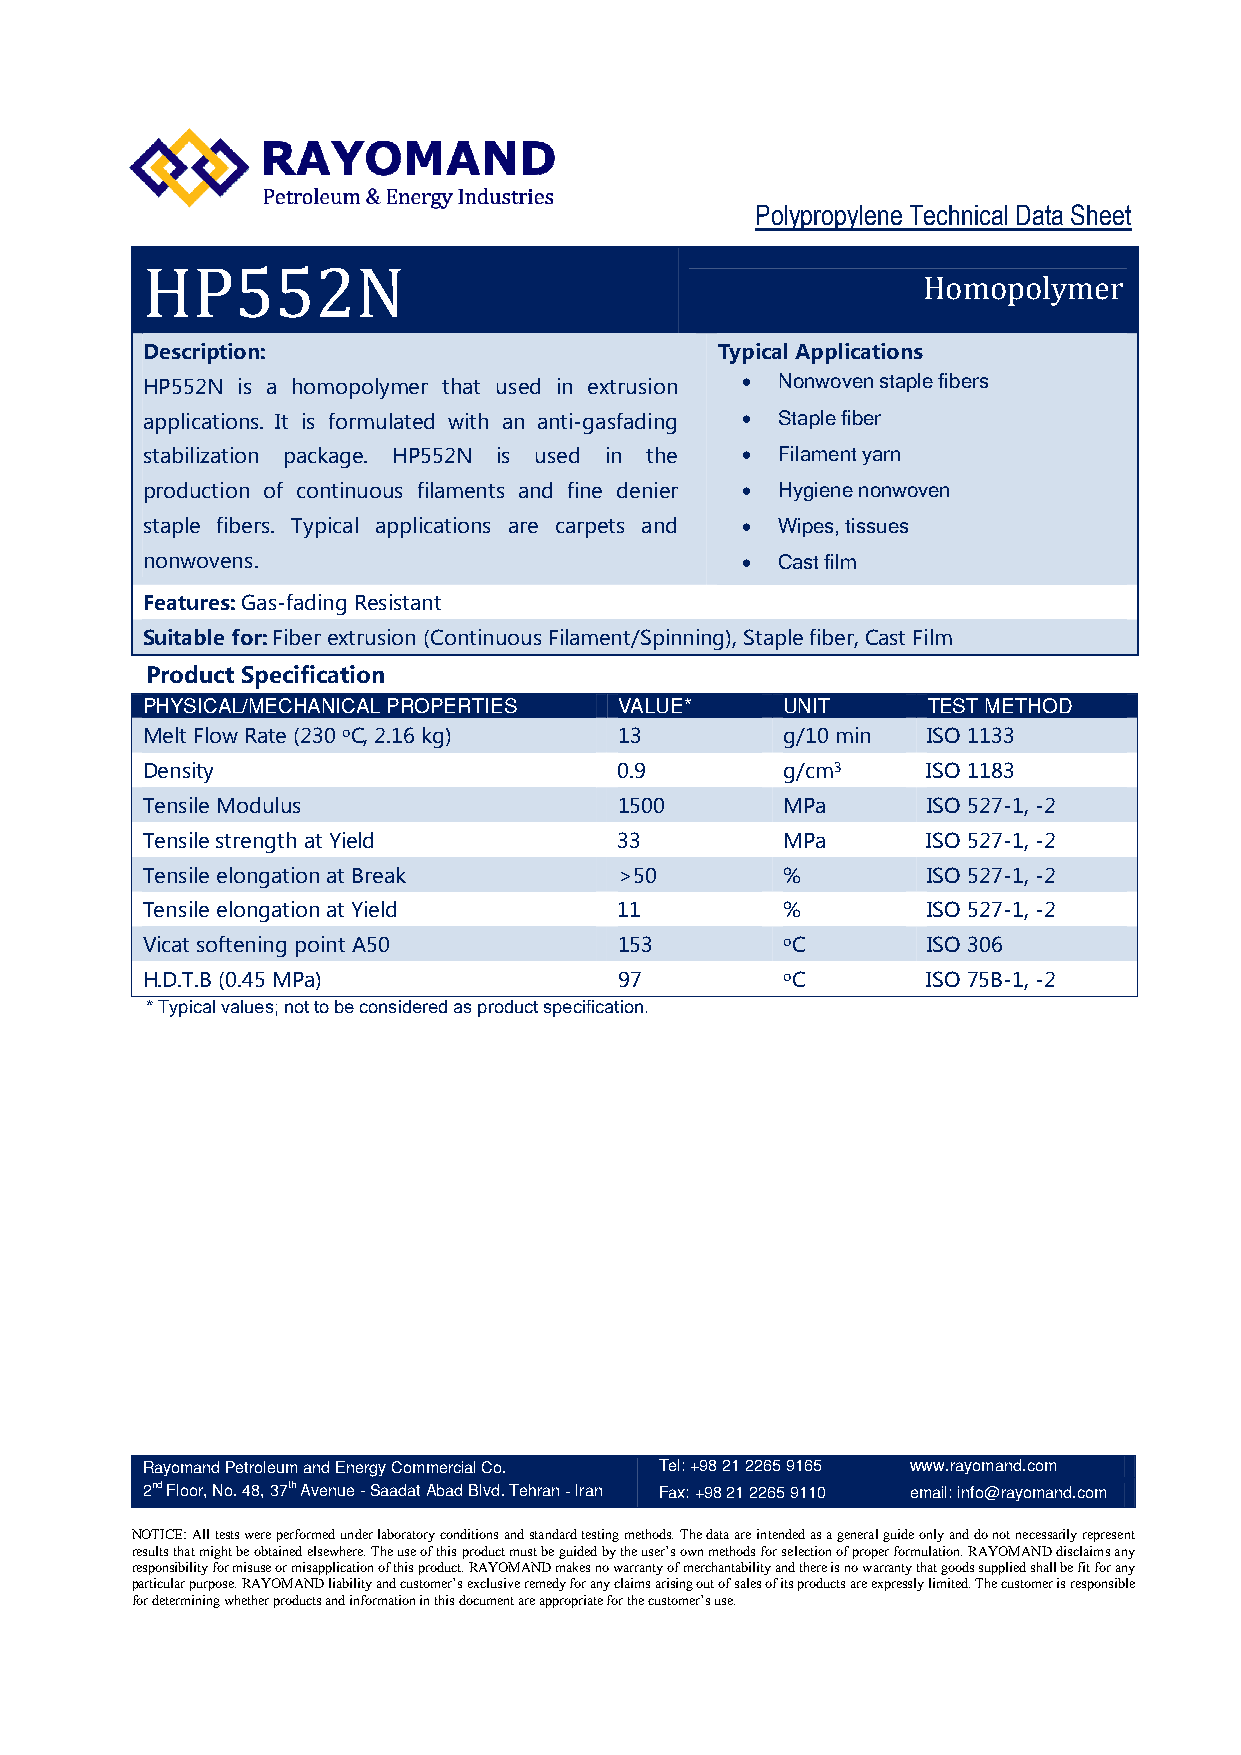
Polypropylene Technical Data Sheet
 HP552N
 Homopolymer
 Description:                          Typical Applications
 HP552N is a homopolymer that used in extrusion  Nonwoven staple fibers
 applications.Itisformulatedwithananti-gasfading  Staple fiber
 stabilization package. HP552N is used in the  Filament yarn
 production of continuous filaments and fine denier  Hygiene nonwoven
 staple fibers. Typical applications are carpets and  Wipes, tissues
 nonwovens.                              Cast film
 Features:Gas-fadingResistant
 Suitable for:Fiberextrusion(ContinuousFilament/Spinning),Staplefiber,CastFilm
 Product Specification
 PHYSICAL/MECHANICAL PROPERTIES  VALUE*     UNIT     TEST METHOD
 MeltFlowRate(230oC,2.16kg) 13      g/10min ISO1133
 Density                        0.9       g/cm3   ISO1183
 TensileModulus                1500      MPa     ISO527-1,-2
 TensilestrengthatYield      33        MPa     ISO527-1,-2
 TensileelongationatBreak    >50       %       ISO527-1,-2
 TensileelongationatYield    11        %       ISO527-1,-2
 VicatsofteningpointA50      153       oC      ISO306
 H.D.T.B(0.45MPa)             97        oC      ISO75B-1,-2
 * Typical values; not to be considered as product specification.
 Rayomand Petroleum and Energy Commercial Co. Tel: +98 21 2265 9165 www.rayomand.com
 2nd Floor, No. 48, 37th Avenue − Saadat Abad Blvd. Tehran - Iran Fax: +98 21 2265 9110 email: info@rayomand.com
 NOTICE: All tests were performed under laboratory conditions and standard testing methods. The data are intended as a general guide only and do not necessarily represent
 results that might be obtained elsewhere. The use of this product must be guided by the user’s own methods for selection of proper formulation. RAYOMAND disclaims any
 responsibility for misuse or misapplication of this product. RAYOMAND makes no warranty of merchantability and there is no warranty that goods supplied shall be fit for any
 particular purpose. RAYOMAND liability and customer’s exclusive remedy for any claims arising out of sales of its products are expressly limited. The customer is responsible
 for determining whether products and information in this document are appropriate for the customer’s use.